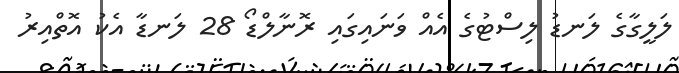
ލަލީގާގެ ލަނޑު ލިސްޓުގެ އެއް ވަނައިގައި ރޮނާލްޑޯ 28 ލަނޑާ އެކު އޮތްއިރު